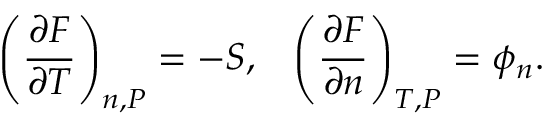
\left( \frac { \partial F } { \partial T } \right) _ { n , P } = - S , \, \, \, \, \, \left( \frac { \partial F } { \partial n } \right) _ { T , P } = \phi _ { n } . \, \, \, \,